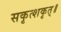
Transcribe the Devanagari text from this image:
सकृत्शकृत्॥